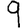
Digit: 9